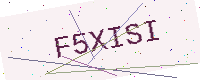
Text: F5XISI